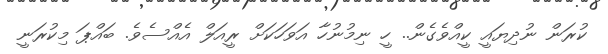
ކުރަން ނުދިޔައީ ކީއްވެގެން.. ހީ ނިމުނުހާ އަވަހަކަށް ރީއަލް އެއްސެވެ. ބައްޕަ މިކުރަނީ